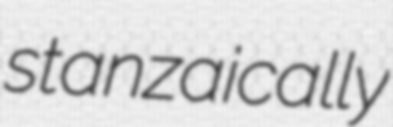
stanzaically